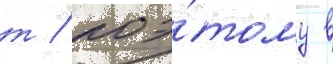
т / поэ́тому в